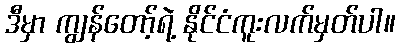
ဒီမှာ ကျွန်တော့်ရဲ့ နိုင်ငံကူးလက်မှတ်ပါ။